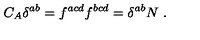
C _ { A } \delta ^ { a b } = f ^ { a c d } f ^ { b c d } = \delta ^ { a b } N \ .